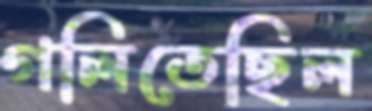
গলিতেছিল